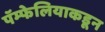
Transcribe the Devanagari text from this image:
पॅम्फेलियाकडून